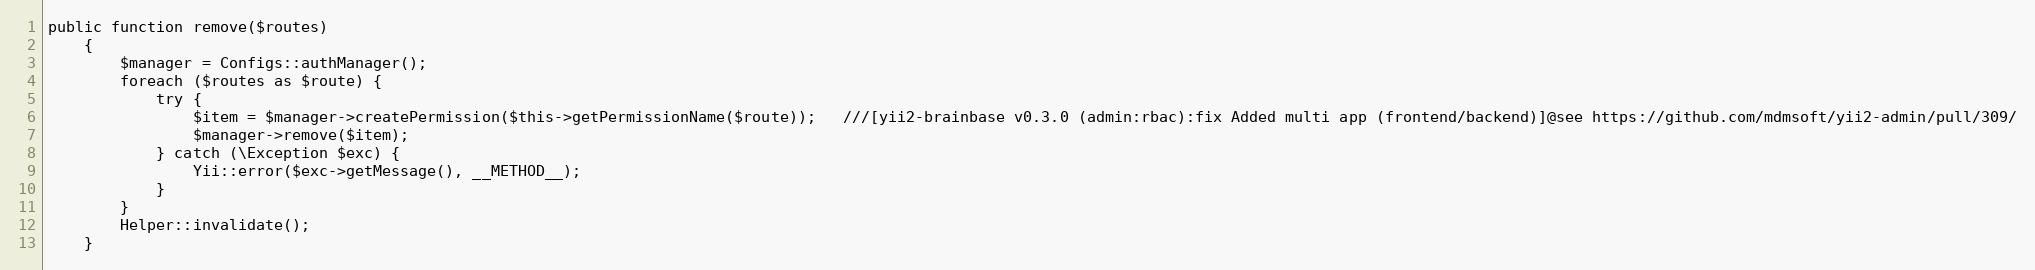
Language: PHP
public function remove($routes)
    {
        $manager = Configs::authManager();
        foreach ($routes as $route) {
            try {
                $item = $manager->createPermission($this->getPermissionName($route));   ///[yii2-brainbase v0.3.0 (admin:rbac):fix Added multi app (frontend/backend)]@see https://github.com/mdmsoft/yii2-admin/pull/309/
                $manager->remove($item);
            } catch (\Exception $exc) {
                Yii::error($exc->getMessage(), __METHOD__);
            }
        }
        Helper::invalidate();
    }